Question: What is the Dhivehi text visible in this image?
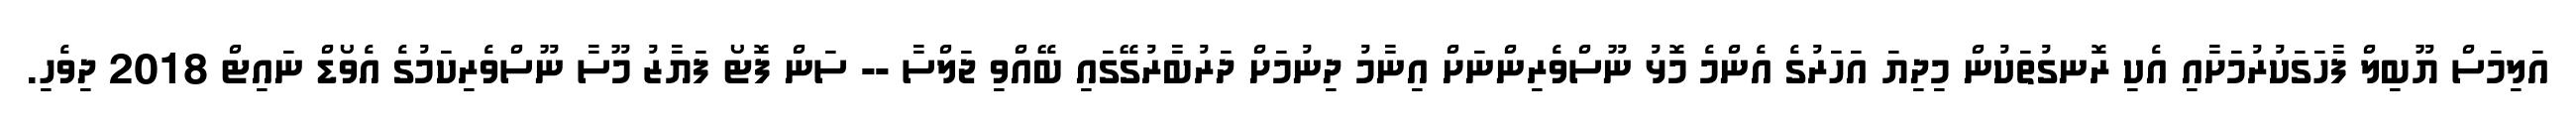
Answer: އަލިމަސް ޔޫބިލް ފާހަގަކުރުމަށާއި އެކި ރޮނގުތަކުން މިދިޔަ އަހަރުގެ އެންމެ މޮޅު ނޫސްވެރިންނަށް އިނާމު ދިނުމަށް ދަރުބާރުގޭގައި ބޭއްވި ޖަލްސާ -- ސަން ފޮޓޯ ފަޔާޒު މޫސާ ނޫސްވެރިކަމުގެ އެވޯޑް ނައިޓް 2018 ދިވެހި.